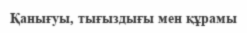
Қанығуы, тығыздығы мен құрамы